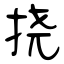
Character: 挠